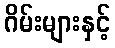
ဂိမ်းများနှင့်